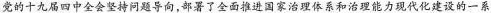
党的十九届四中全会坚持问题导向，部署了全面推进国家治理体系和治理能力现代化建设的一系